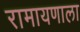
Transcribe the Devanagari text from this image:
रामायणाला